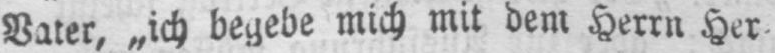
Vater, „ich begebe mich mit dem Herrn Her⸗